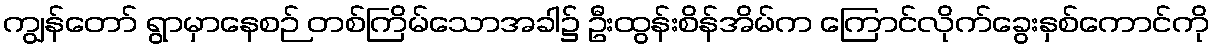
ကျွန်တော် ရွာမှာနေစဉ် တစ်ကြိမ်သောအခါ၌ ဦးထွန်းစိန်အိမ်က ကြောင်လိုက်ခွေးနှစ်ကောင်ကို